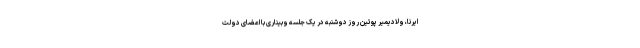
ایرنا، ولادیمیر پوتین روز دوشنبه در یک جلسه وبیناری با اعضای دولت